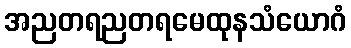
အညတရညတရမေထုနသံယောဂံ